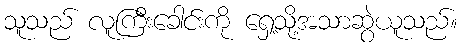
သူသည် လူကြီးခေါင်းကို ရှေ့သို့အသာဆွဲယူသည်။